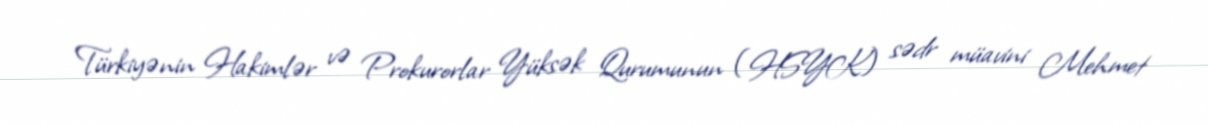
Türkiyənin Hakimlər və Prokurorlar Yüksək Qurumunun (HSYK) sədr müavini Mehmet